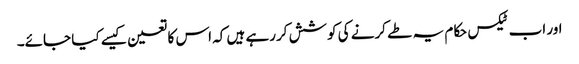
اور اب ٹیکس حکام یہ طے کرنے کی کوشش کررہے ہیں کہ اس کا تعین کیسے کیا جائے۔